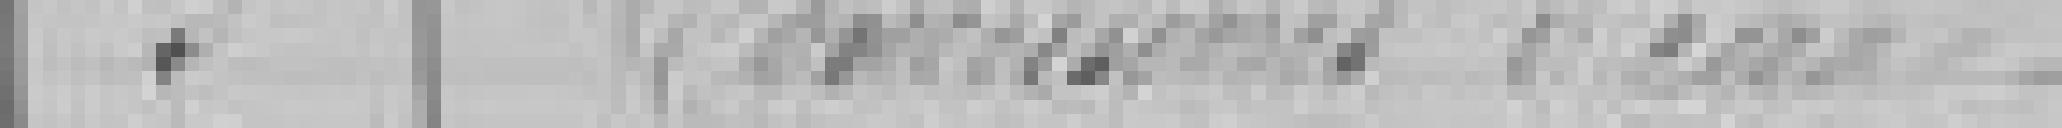
Commissions d'eau